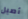
أصيل